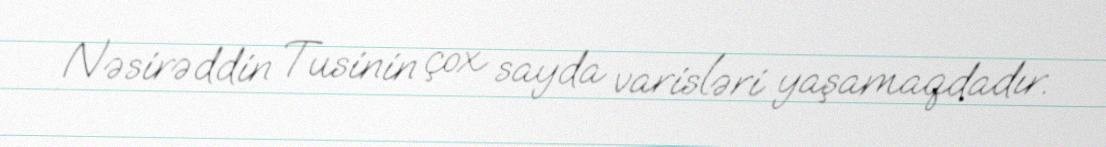
Nəsirəddin Tusinin çox sayda varisləri yaşamaqdadır.